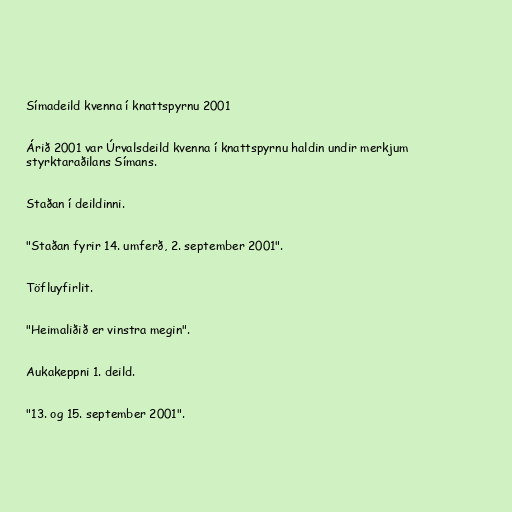
Símadeild kvenna í knattspyrnu 2001

Árið 2001 var Úrvalsdeild kvenna í knattspyrnu haldin undir merkjum
styrktaraðilans Símans.

Staðan í deildinni.

"Staðan fyrir 14. umferð, 2. september 2001".

Töfluyfirlit.

"Heimaliðið er vinstra megin".

Aukakeppni 1. deild.

"13. og 15. september 2001".